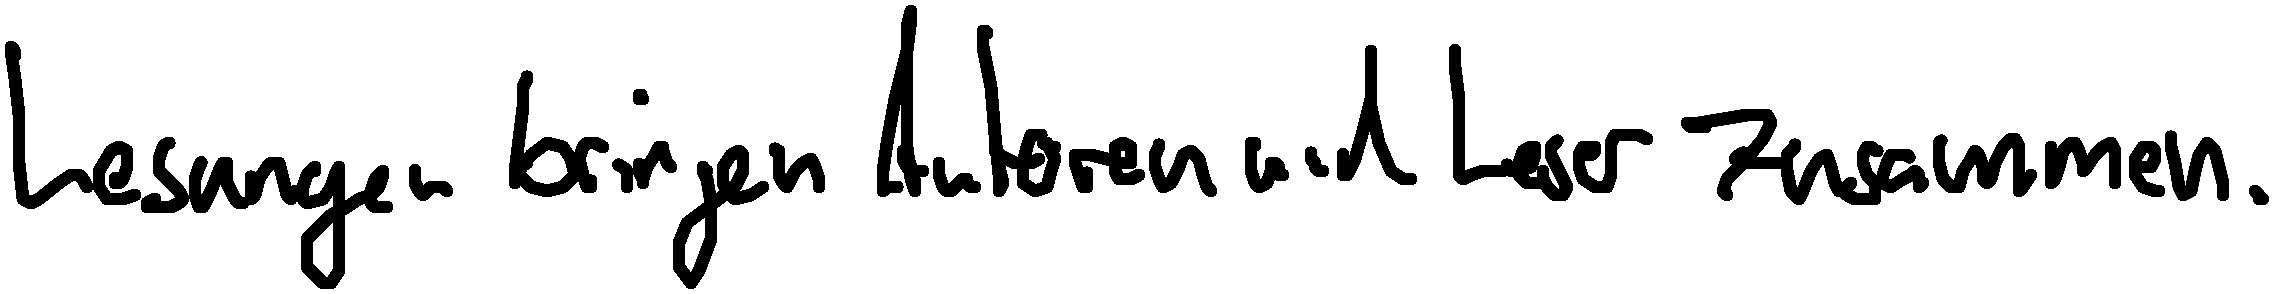
Lesungen bringen Autoren und Leser zusammen.